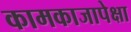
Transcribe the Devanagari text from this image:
कामकाजापेक्षा